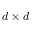
d \times d